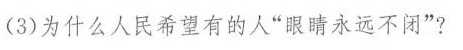
(3)为什么人民希望有的人”眼睛永远不闭”?